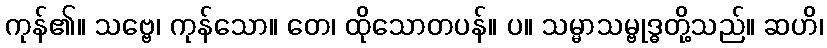
ကုန်၏။ သဗ္ဗေ၊ ကုန်သော။ တေ၊ ထိုသောတပန်။ ပ။ သမ္မာသမ္ဗုဒ္ဓတို့သည်။ ဆဟိ၊